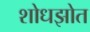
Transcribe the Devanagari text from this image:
शोधझोत